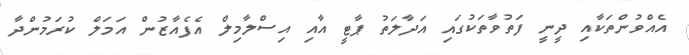
އެއްވުންތަކާއި ދީނީ ފަތުވާތަކުގައި އަދާލަތު ޕާޓީ އާއި އިސްލާމިލް އެފެއާޒުން އަމަލް ކުރަމުންދާ